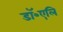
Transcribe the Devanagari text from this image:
डॉ॰एलि